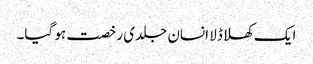
ایک کھلا ڈلا انسان جلدی رخصت ہو گیا۔